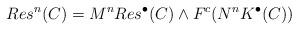
LaTeX: \begin{align*}Res^n(C)=M^nRes^{\bullet}(C)\wedge F^c(N^nK^{\bullet}(C))\end{align*}